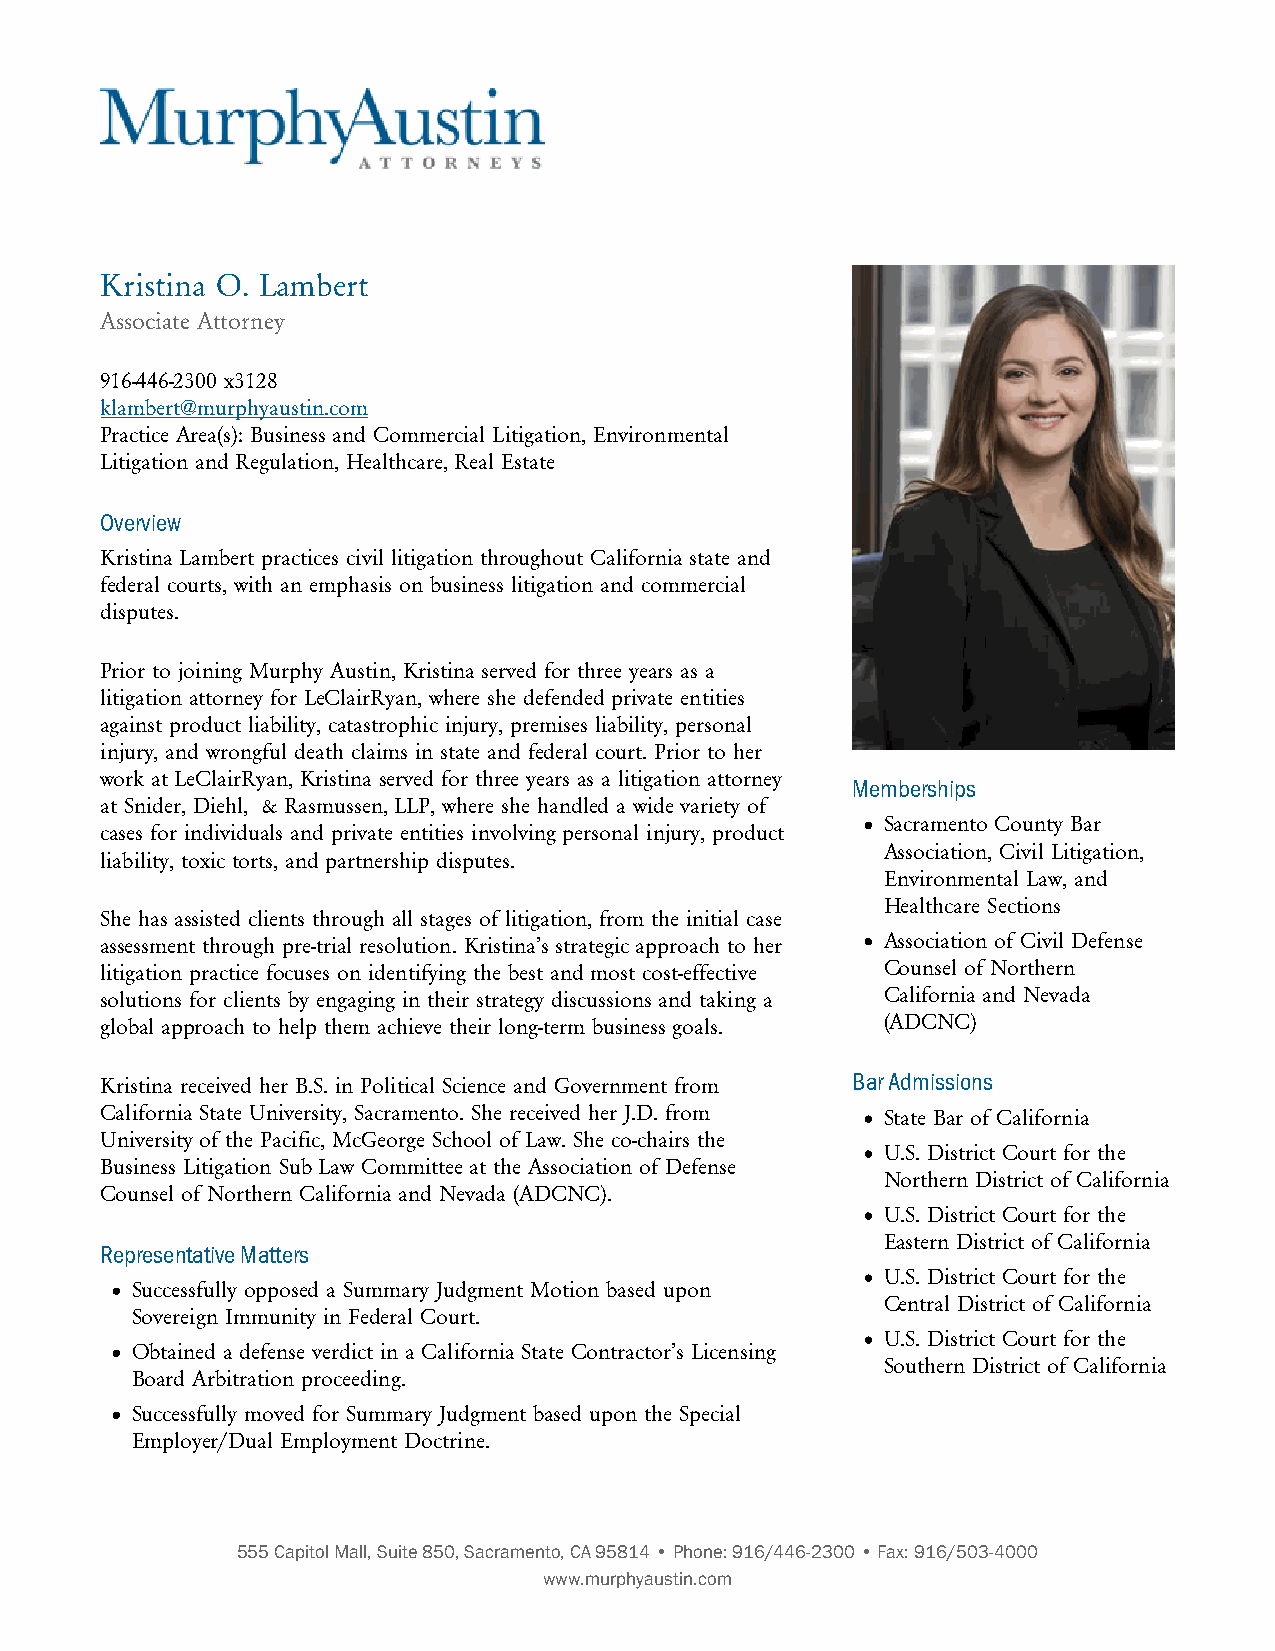
Kristina O. Lambert
 Associate Attorney
 916-446-2300 x3128
 klambert@murphyaustin.com
 Practice Area(s): Business and Commercial Litigation, Environmental
 Litigation and Regulation, Healthcare, Real Estate
 Overview
 Kristina Lambert practices civil litigation throughout California state and
 federal courts, with an emphasis on business litigation and commercial
 disputes.
 Prior to joining Murphy Austin, Kristina served for three years as a
 litigation attorney for LeClairRyan, where she defended private entities
 against product liability, catastrophic injury, premises liability, personal
 injury, and wrongful death claims in state and federal court. Prior to her
 work at LeClairRyan, Kristina served for three years as a litigation attorney
 Memberships
 at Snider, Diehl, & Rasmussen, LLP, where she handled a wide variety of
 Sacramento County Bar
 cases for individuals and private entities involving personal injury, product
 Association, Civil Litigation,
 liability, toxic torts, and partnership disputes.
 Environmental Law, and
 Healthcare Sections
 She has assisted clients through all stages of litigation, from the initial case
 assessment through pre-trial resolution. Kristina’s strategic approach to her Association of Civil Defense
 litigation practice focuses on identifying the best and most cost-effective Counsel of Northern
 solutions for clients by engaging in their strategy discussions and taking a California and Nevada
 global approach to help them achieve their long-term business goals. (ADCNC)
 Kristina received her B.S. in Political Science and Government from Bar Admissions
 California State University, Sacramento. She received her J.D. from State Bar of California
 University of the Pacific, McGeorge School of Law. She co-chairs the
 U.S. District Court for the
 Business Litigation Sub Law Committee at the Association of Defense
 Northern District of California
 Counsel of Northern California and Nevada (ADCNC).
 U.S. District Court for the
 Eastern District of California
 Representative Matters
 U.S. District Court for the
 Successfully opposed a Summary Judgment Motion based upon
 Central District of California
 Sovereign Immunity in Federal Court.
 U.S. District Court for the
 Obtained a defense verdict in a California State Contractor’s Licensing
 Southern District of California
 Board Arbitration proceeding.
 Successfully moved for Summary Judgment based upon the Special
 Employer/Dual Employment Doctrine.
 555 Capitol Mall, Suite 850, Sacramento, CA 95814 • Phone: 916/446-2300 • Fax: 916/503-4000
 www.murphyaustin.com